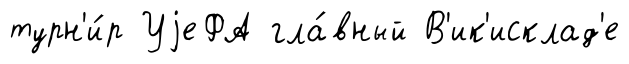
турн'и́р УjеФА гла́вный В'ик'исклад'е